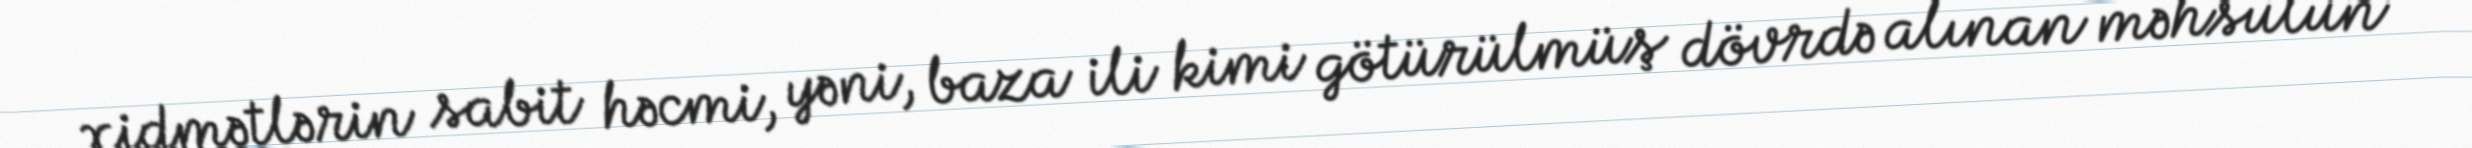
xidmətlərin sabit həcmi, yəni, baza ili kimi götürülmüş dövrdə alınan məhsulun